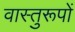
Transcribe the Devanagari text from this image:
वास्तुरूपों